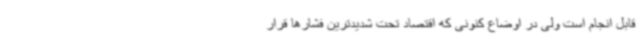
قابل انجام است ولی در اوضاع کنونی که اقتصاد تحت شدیدترین فشارها قرار